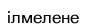
ілмелене